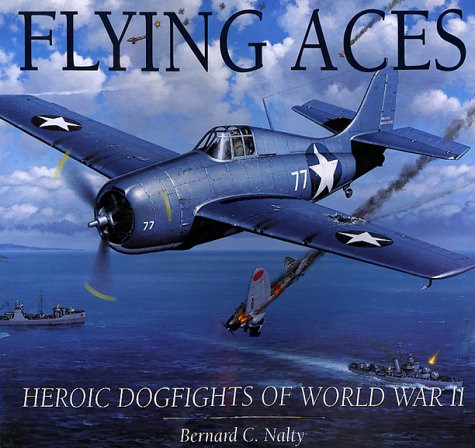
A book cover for Flying Aces: Aviation Art of World War II; G.E. Patrick Murray; Arts & Photography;